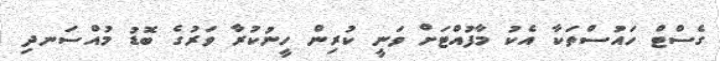
ގެސްޓް ހައުސްތަކާ އެކު މާފުއްޓަށް ވަނީ ކުރިން ހީނުކުރާ ވަރުގެ ބޮޑު މުއްސަނދި